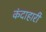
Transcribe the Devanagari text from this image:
कंदाहारी